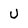
Character: U